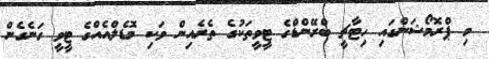
މި ޕްރޮމޯޝަންގައި ހިޓާޗީ ބްރޭންޑްގެ ޓީވީތަކުގެ ތެރެއިން ވަކި މޮޑެލްއެއްގެ ޓީވީ ގަނެގެން